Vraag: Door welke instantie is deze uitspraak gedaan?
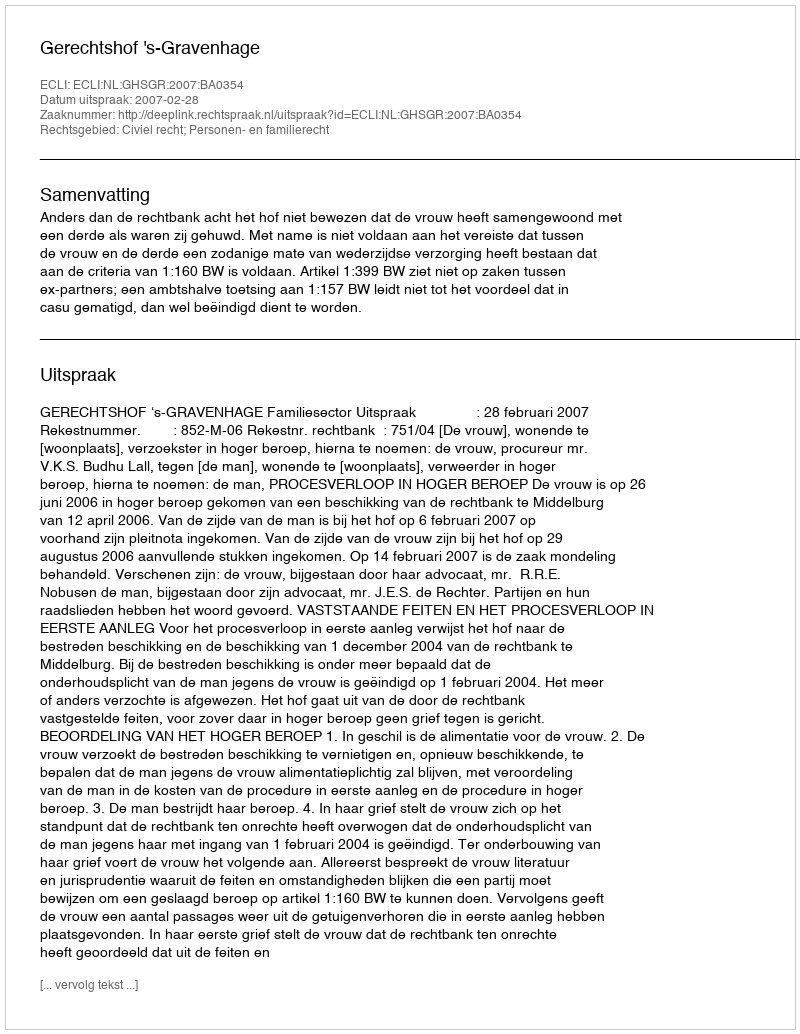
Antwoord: Gerechtshof 's-Gravenhage